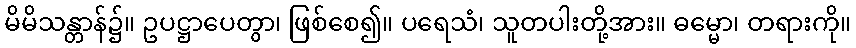
မိမိသန္တာန်၌။ ဥပဋ္ဌာပေတွာ၊ ဖြစ်စေ၍။ ပရေသံ၊ သူတပါးတို့အား။ ဓမ္မော၊ တရားကို။